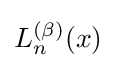
L_{n}^{(\beta )}(x)